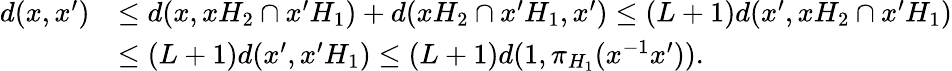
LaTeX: \begin{array}{rl}{d(x,x^{\prime})}&{\leq d(x,xH_{2}\cap x^{\prime}H_{1})+d(xH_{2}\cap x^{\prime}H_{1},x^{\prime})\leq(L+1)d(x^{\prime},xH_{2}\cap x^{\prime}H_{1})}\\ &{\leq(L+1)d(x^{\prime},x^{\prime}H_{1})\leq(L+1)d(1,\pi_{H_{1}}(x^{-1}x^{\prime})).}\end{array}